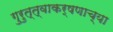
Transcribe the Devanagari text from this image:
गुरुत्त्वाकर्षणाच्या